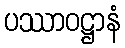
ပဿာဝဋ္ဌာနံ